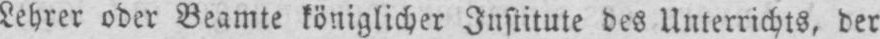
Lehrer oder Beamte königlicher Institute des Unterrichts, der